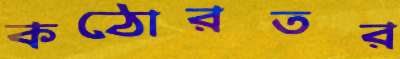
কঠোরতর